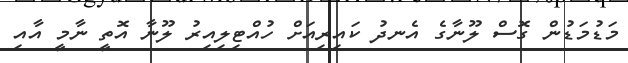
މަޑުމަޑުން ގޮސް ލޫނާގެ އެނދު ކައިރިއަށް ހުއްޓިލިއިރު ލޫނާ އޮތީ ނާމީ އާއި